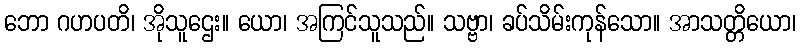
ဘော ဂဟပတိ၊ အိုသူဌေး။ ယော၊ အကြင်သူသည်။ သဗ္ဗာ၊ ခပ်သိမ်းကုန်သော။ အာသတ္တိယော၊